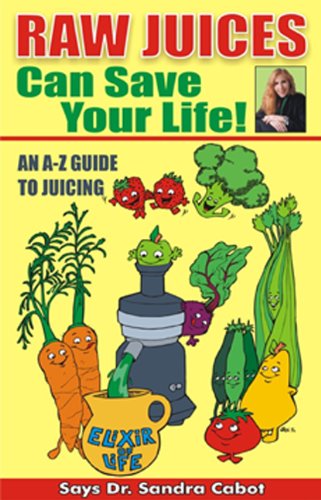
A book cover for Raw Juices Can Save Your Life: An A-Z Guide to Juicing.; Sandra Cabot M.D.; Cookbooks, Food & Wine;